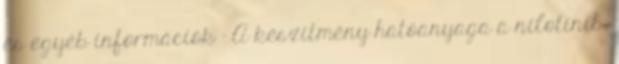
és egyéb információk - A készítmény hatóanyaga a nilotinib.